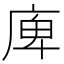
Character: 庳